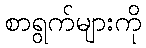
စာရွက်များကို